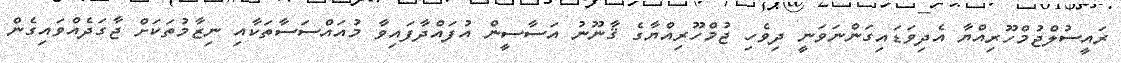
ރައީސުލްޖުމްހޫރިއްޔާ އެދިވަޑައިގަންނަވަނީ ދިވެހި ޖުމްހޫރިއްޔާގެ ޤާނޫނު އަސާސީން އުފައްދާފައިވާ މުއައްސަސާތަކާއި ނިޒާމުތަކަށް ޖާގަދެއްވައިގެން